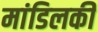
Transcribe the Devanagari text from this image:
मांडिलकी